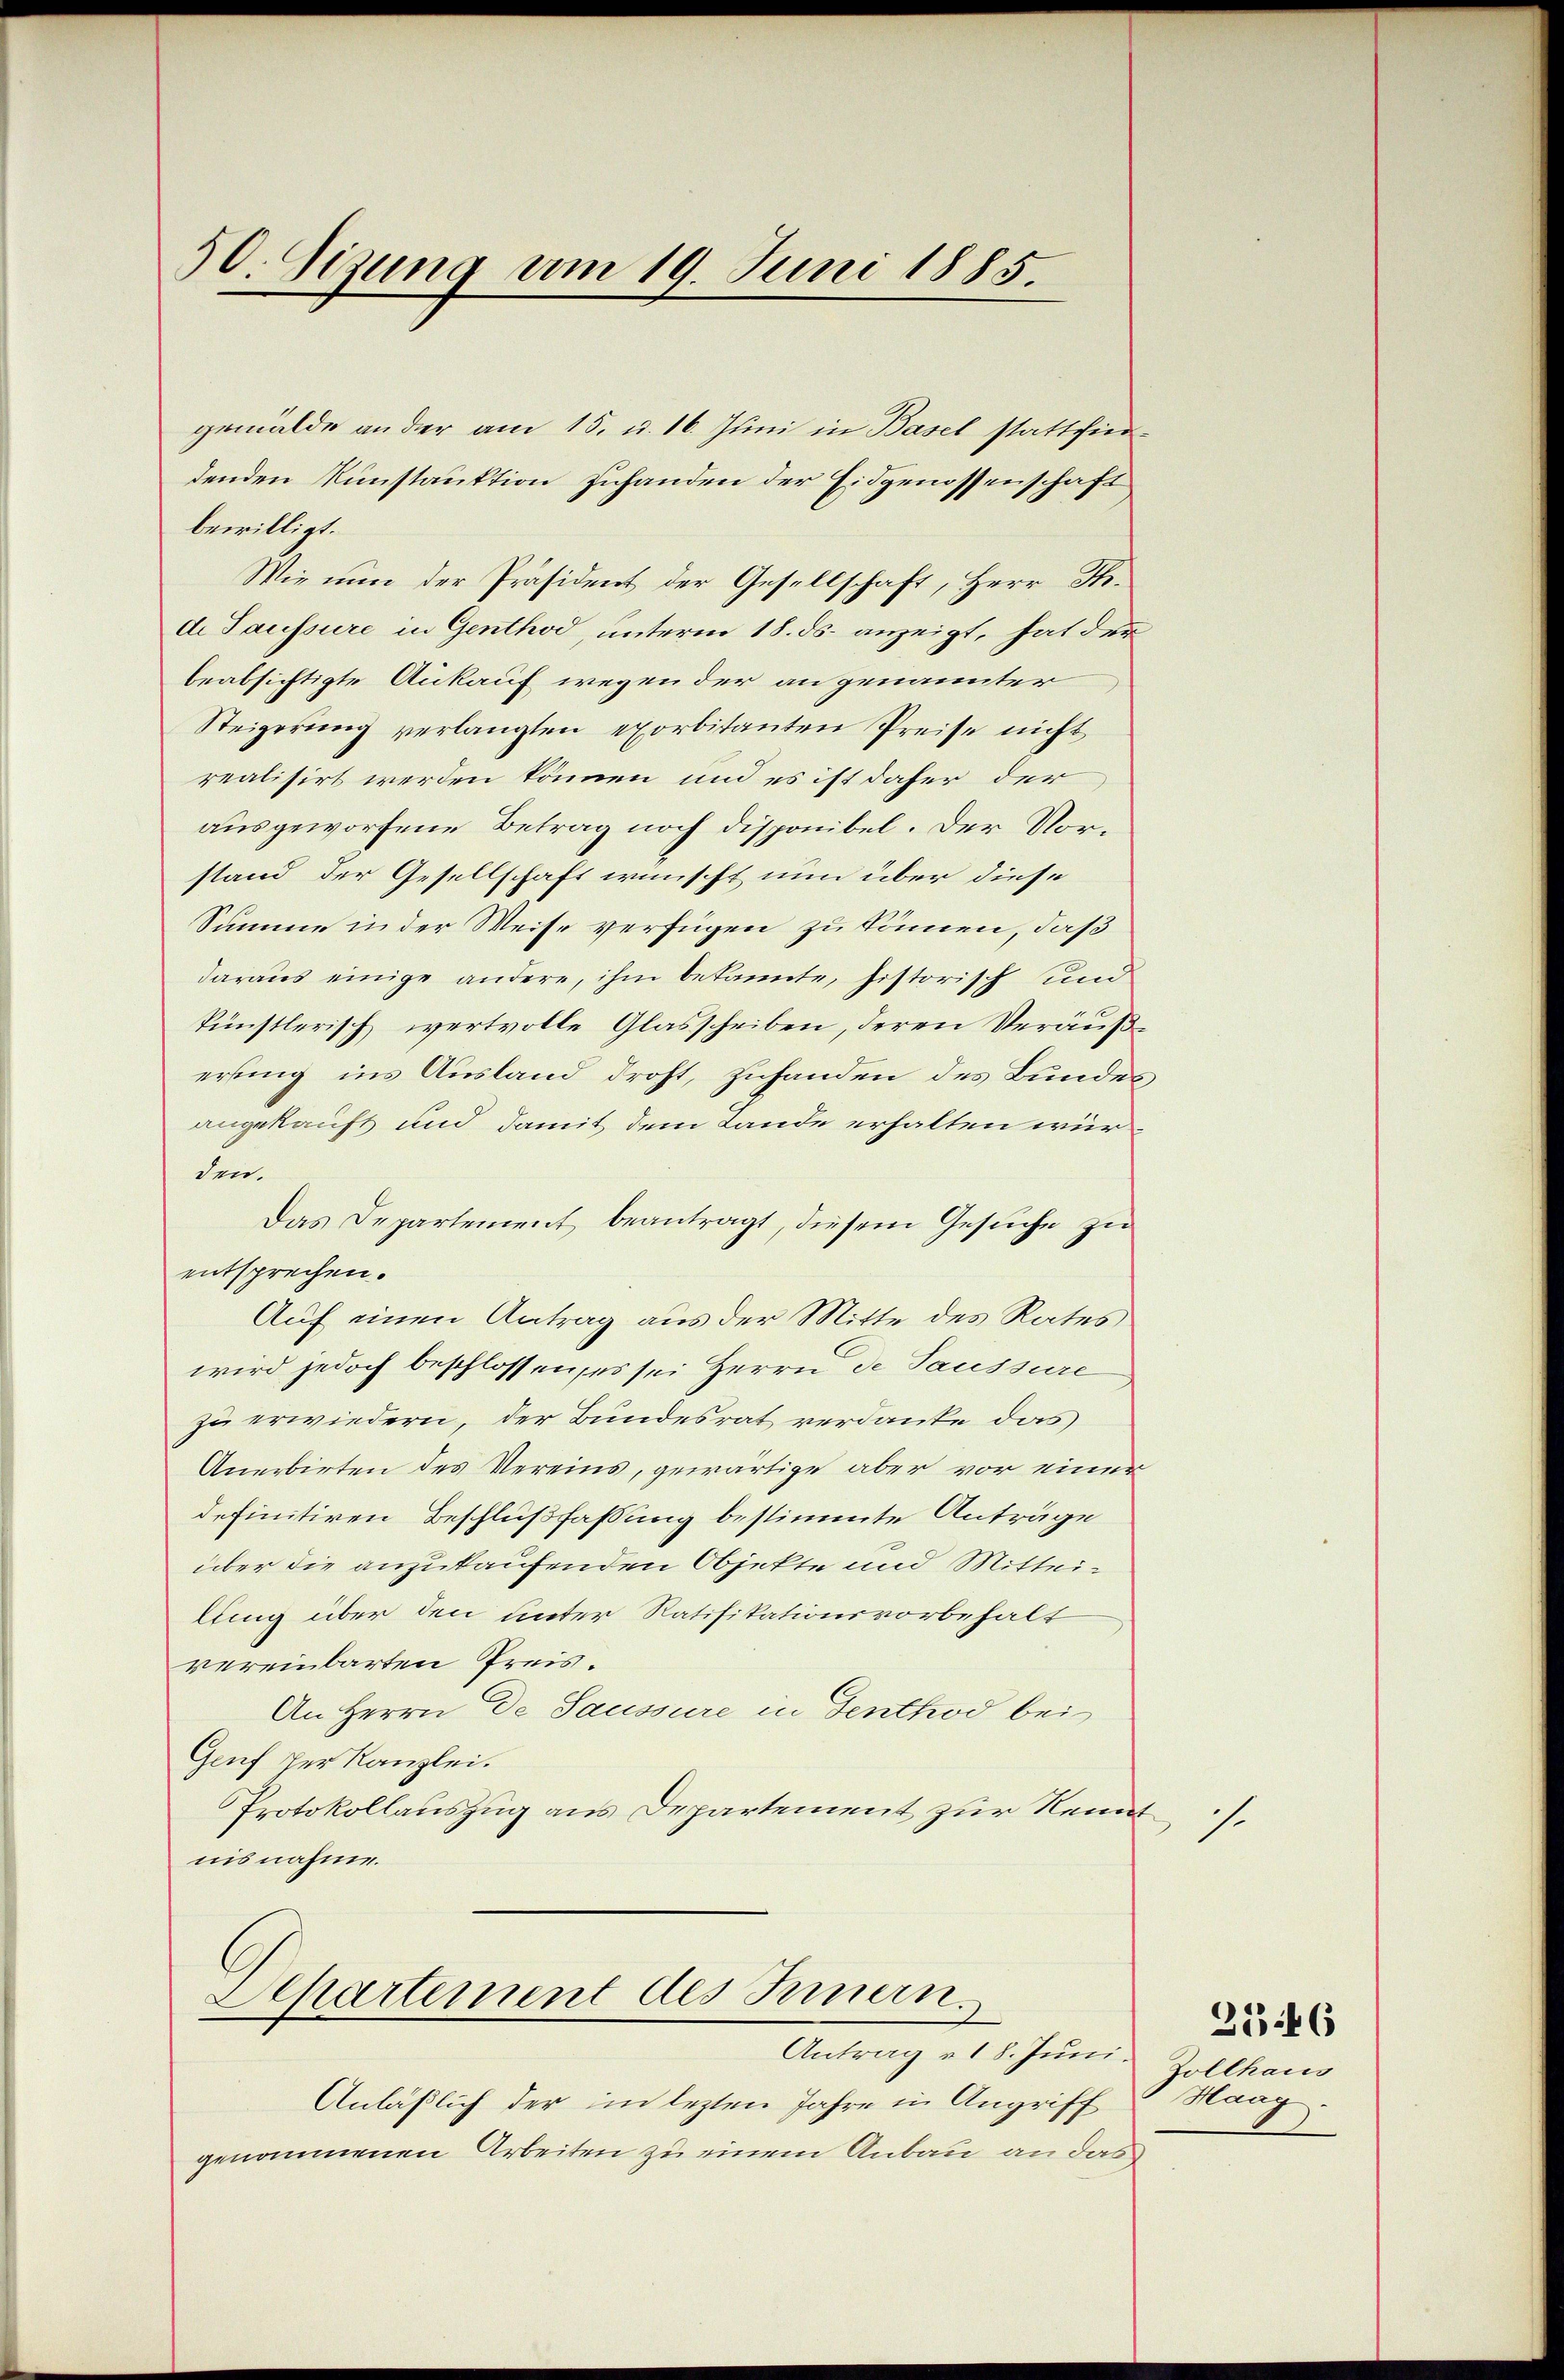
50. Sizung am 19. Juni 1885.

bewilligt.
Wie nun der Präsident der Gesellschaft, Herr P.
d. Saussure in Genthod, unterm 18. ds. anzeigt, hat der
beabsichtigte Ankauf wegen der angenannter
Steigerung verlangten exorbitanten Preise nicht
realisirt werden können und es ist daher der
ausgeworfene Betrag noch disponibel. Der Vorstand der Gesellschaft wünscht nun über diese
Summe in der Weise verfügen zu können, daß
daraus einige andere, ihm bekannte, historisch und
künstlerisch wertvolle Glasscheiben, deren Veräußerfung ins Ausland droht, zuhanden des Bundesangekauft und damit dem Lande erhalten würden.
Das Departement beantragt, diesem Gesuche zu
entsprechen.
Auf einen Antrag aus der Mitte des Rates
wird jedoch beschlossen, es sei Herrn de Saussure
zu erwiedern, der Bundesrat verdante das
Anerbirten des Vereins, gewärtige aber vor einer
definitiren Beschlußfassung bestimmte Anträge
über die anzukaufenden Objekte und Mitteilung über den unter Ratifikationsvorbehalt
vereinbarten Preis.
An Herrn De Saussure in Genthod bei
Genf per Kanzlei.
Protokollauszug aus Departement zur Reinnisnahme.
Departement des Innern.
Antrag u 18. Juni.
Anläßlich der im lezten Jahre in Angriff
genommenen Arbeiten zu einem Anbau an das

gemälde an der am 15. u. 16. Juni in Basel statthierdenden Kunstruktion zuhanden der Eidgenossenschaft

t

s.

2546

Zollhaus
Maag.